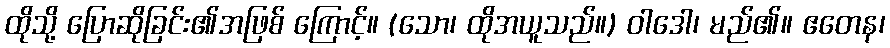
ထိုသို့ ပြောဆိုခြင်း၏အဖြစ် ကြောင့်။ (သော၊ ထိုအယူသည်။) ဝါဒေါ၊ မည်၏။ ဧတေန၊